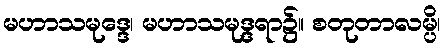
မဟာသမုဒ္ဒေ၊ မဟာသမုဒ္ဒရာ၌။ စတုတာလမ္ပိ၊